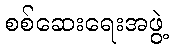
စစ်ဆေးရေးအဖွဲ့